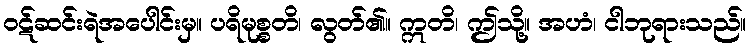
ဝဋ်ဆင်းရဲအပေါင်းမှ။ ပရိမုစ္စတိ၊ လွတ်၏။ ဣတိ၊ ဤသို့။ အဟံ၊ ငါဘုရားသည်။